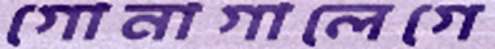
গোনাগালেগে